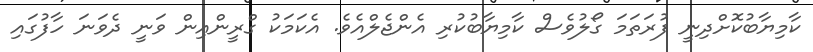
ކާމިޔާބުކޮށްދިނީ ފުރަތަމަ ގޯލުވެސް ކާމިޔާބުކުރި އެންޖެލްއެވެ. އެކަމަކު ގްރީންއިން ވަނީ ދެވަނަ ހާފުގައި